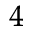
_ 4